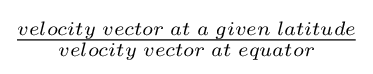
{\begin{matrix}{\frac {velocity\;vector\;at\;a\;given\;latitude}{velocity\;vector\;at\;equator}}\end{matrix}}